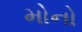
મોનો